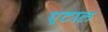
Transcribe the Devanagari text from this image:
एटाल